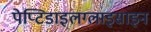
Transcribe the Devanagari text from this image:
पेप्टिडाइलग्लाइसाइन